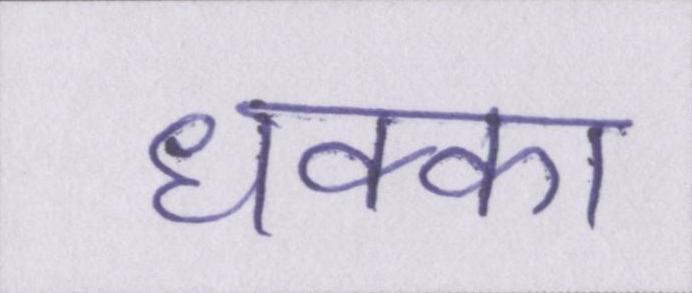
धक्का